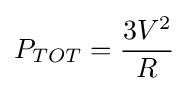
P_{TOT}={\frac {3V^{2}}{R}}